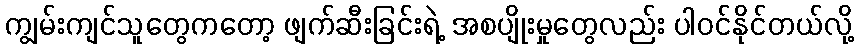
ကျွမ်းကျင်သူတွေကတော့ ဖျက်ဆီးခြင်းရဲ့ အစပျိုးမှုတွေလည်း ပါဝင်နိုင်တယ်လို့